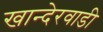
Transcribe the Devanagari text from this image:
खान्देरवाडी